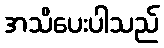
အသိပေးပါသည်